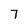
Character: 7